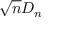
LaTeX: { \sqrt { n } } D _ { n }